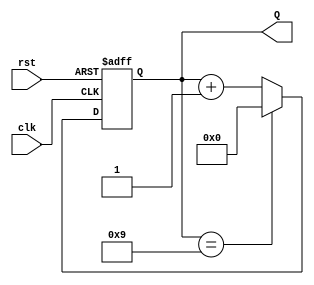
module decade_counter (
    input wire clk,        // Clock input
    input wire rst,        // Asynchronous reset input
    output reg [3:0] Q     // 4-bit count output
);

// Always block triggered on the clock's rising edge
always @(posedge clk or posedge rst) begin
    // Asynchronous reset logic
    if (rst) begin
        Q <= 4'b0000;     // Reset the count to 0
    end else begin
        // Next state logic
        if (Q == 4'b1001) begin
            Q <= 4'b0000; // Reset to 0 when count reaches 10 (binary 1001)
        end else begin
            Q <= Q + 1;   // Increment the count
        end
    end
end

endmodule